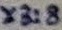
Text: X3:8